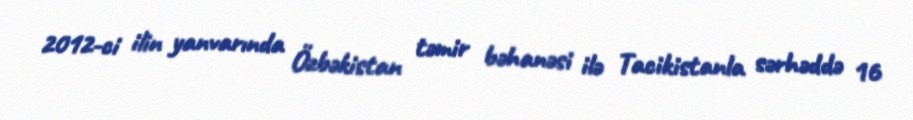
2012-ci ilin yanvarında Özbəkistan təmir bəhanəsi ilə Tacikistanla sərhəddə 16